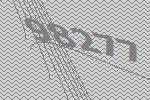
98277